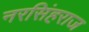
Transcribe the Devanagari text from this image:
नरसिंहराज